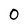
Character: 0